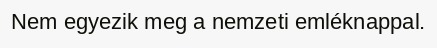
Nem egyezik meg a nemzeti emléknappal.